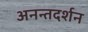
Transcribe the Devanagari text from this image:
अनन्तदर्शन